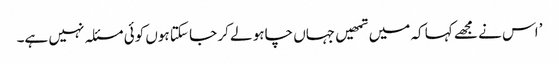
’اس نے مجھے کہا کہ میں تمھیں جہاں چاہو لے کر جا سکتا ہوں کوئی مسئلہ نہیں ہے۔